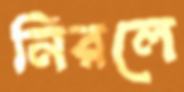
নিরলে